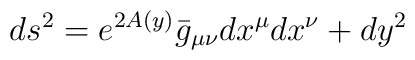
ds^{2}=e^{2A(y)}\bar{g}_{\mu\nu}dx^{\mu}dx^{\nu}+dy^{2}\